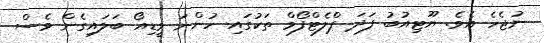
ނުޖެހެ އެވެ. ޔޫޓިއުބު ފަދަ ޕްލެޓްފޯމް ތަކުގައި ހުންނަ ވީޑިއޯ ބަލައިގެން ވެސް